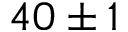
4 0 \pm 1